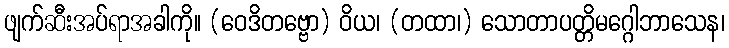
ဖျက်ဆီးအပ်ရာအခါကို။ (ဝေဒိတဗ္ဗော) ဝိယ၊ (တထာ၊) သောတာပတ္တိမဂ္ဂေါဘာသေန၊